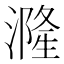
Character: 漋